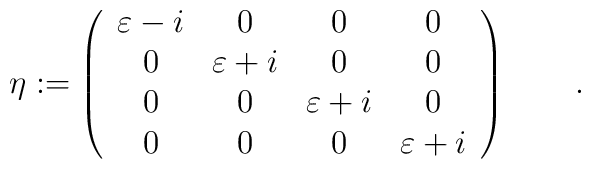
\eta:=\left( \begin{array}{cccc}\varepsilon-i & 0 & 0 & 0 \\0 & \varepsilon+i & 0 & 0 \\0 & 0 & \varepsilon+i & 0 \\ 0 & 0 & 0 & \varepsilon+i\end{array}\right )\qquad.